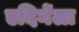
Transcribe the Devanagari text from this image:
एदिर्नेला